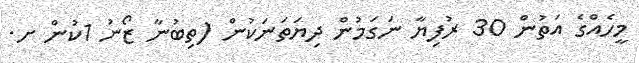
މީހެއްގެ އަތުން 30 ރުފިޔާ ނަގަމުން ދިޔަތަނަކުން (ތިބުނާ ޒޯނު 1ކުން ށ.